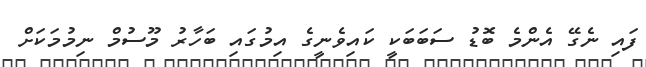
ފައި ނެގޭ އެންމެ ބޮޑު ސަބަބަކީ ކައިވެނީގެ އިމުގައި ބަހާރު މޫސުމް ނިމުމަކަށް